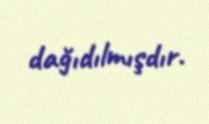
dağıdılmışdır.